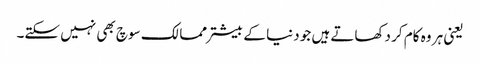
یعنی ہر وہ کام کر دکھاتے ہیں جو دنیا کے بیشتر ممالک سوچ بھی نہیں سکتے۔